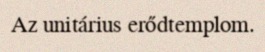
Az unitárius erődtemplom.